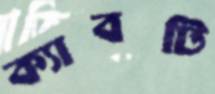
ক্যাবটি